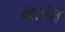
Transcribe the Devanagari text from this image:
भरांत